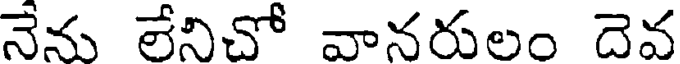
నేను లేనిచో వానరులం దెవ